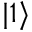
| 1 \rangle